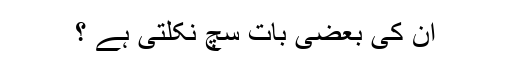
ان کی بعضی بات سچ نکلتی ہے ؟